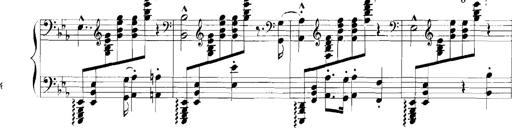
Title: Rhapsodies hongroises
Composer: Franz Liszt